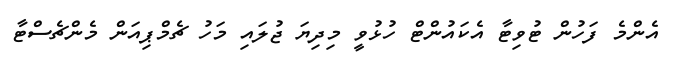
އެންމެ ފަހުން ޓުވިޓާ އެކައުންޓް ހުޅުވީ މިދިޔަ ޖުލައި މަހު ޗެމްޕިއަން މެންޗެސްޓާ